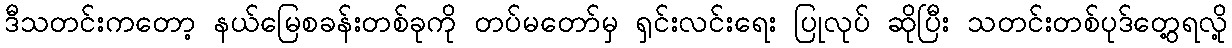
ဒီသတင်းကတော့ နယ်မြေစခန်းတစ်ခုကို တပ်မတော်မှ ရှင်းလင်းရေး ပြုလုပ် ဆိုပြီး သတင်းတစ်ပုဒ်တွေ့ရလို့